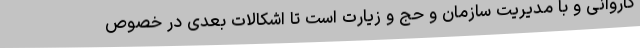
کاروانی و با مدیریت سازمان و حج و زیارت است تا اشکالات بعدی در خصوص